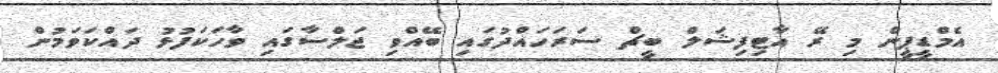
އެމްޑީޕީން މި ރޭ އާޓިފިޝަލް ބީޗް ސަރަހައްދުގައި ބޭއްވި ޖަލްސާގައި ވާހަކަފުޅު ދައްކަވަމުން